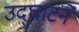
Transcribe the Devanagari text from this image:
उद्‌घाटने